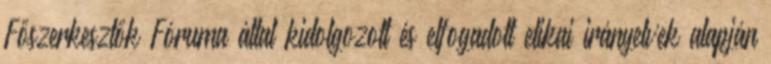
Főszerkesztők Fóruma által kidolgozott és elfogadott etikai irányelvek alapján